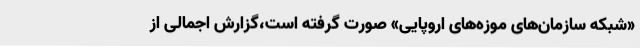
«شبکه سازمان‌های موزه‌های اروپایی»‌ صورت گرفته است،‌گزارش اجمالی از